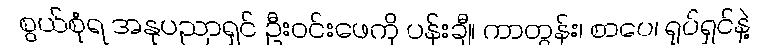
စွယ်စုံရ အနုပညာရှင် ဦးဝင်းဖေကို ပန်းချီ၊ ကာတွန်း၊ စာပေ၊ ရုပ်ရှင်နဲ့